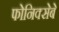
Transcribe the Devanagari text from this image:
फोनिक्सेबे